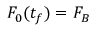
F _ { 0 } ( t _ { f } ) = F _ { B }